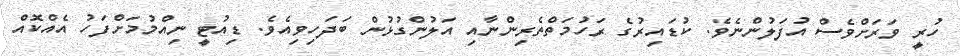
ހުރީ ވަރަށްވެސް އުފަލުންނެވެ. ކުޑައިރުގެ ރަހުމަތްތެރިންނާއި އަލުންގުޅުން ބަދަހިވިއެވެ. ޑިއުޓީ ނިއްްމުމަށްފަހު އެއްކޮއް